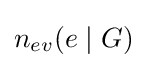
n_{ev}(e\mid G)